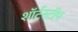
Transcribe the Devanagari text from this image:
शॉर्टस्टॉप